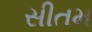
સીતમ